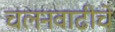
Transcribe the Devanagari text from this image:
चलनवाढीचे